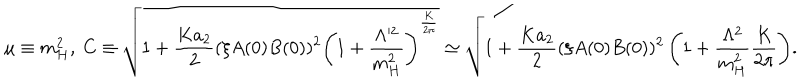
\mu \equiv m _ { H } ^ { 2 } , ~ C \equiv \sqrt { 1 + \frac { K a _ { 2 } } { 2 } ( \xi A ( 0 ) B ( 0 ) ) ^ { 2 } \left( 1 + \frac { \Lambda ^ { 2 } } { m _ { H } ^ { 2 } } \right) ^ { \frac { K } { 2 \pi } } } \simeq \sqrt { 1 + \frac { K a _ { 2 } } { 2 } ( \xi A ( 0 ) B ( 0 ) ) ^ { 2 } \left( 1 + \frac { \Lambda ^ { 2 } } { m _ { H } ^ { 2 } } \frac { K } { 2 \pi } \right) } .